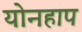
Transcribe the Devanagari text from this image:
योनहाप